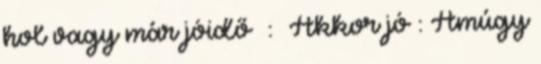
hol vagy már jóidő : Akkor jó : Amúgy